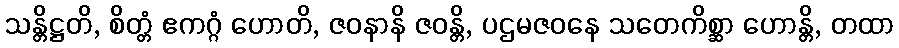
သန္တိဋ္ဌတိ, စိတ္တံ ဧကဂ္ဂံ ဟောတိ, ဇဝနာနိ ဇဝန္တိ, ပဌမဇဝနေ သတေကိစ္ဆာ ဟောန္တိ, တထာ